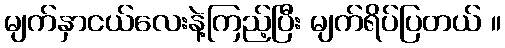
မျက်နှာငယ်လေးနဲ့ကြည့်ပြီး မျက်ရိပ်ပြတယ် ။